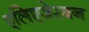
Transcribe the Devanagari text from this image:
एलिएजेरबन